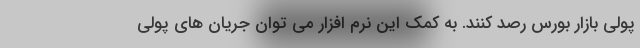
پولی بازار بورس رصد کنند. به کمک این نرم افزار می توان جریان های پولی